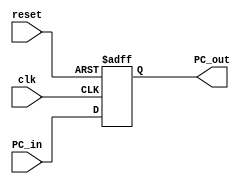
module Program_Counter (clk, reset, PC_in, PC_out);
	input clk, reset;
	input [7:0] PC_in;
	output [7:0] PC_out;
	reg [7:0] PC_out;
	always @ (posedge clk or posedge reset)
	begin
		if(reset==1'b1)
			PC_out<=8'b0;
		else
			PC_out<=PC_in;
	end
endmodule
module lab4_task1(SW,LEDR,LEDG,KEY);
	input [17:0] SW;
   input [3:0] KEY;
	output [17:0] LEDG;
	output LEDR;
	assign LEDR=SW;
	Program_Counter (.clk(KEY[0]), .reset(SW[17]), .PC_in(SW[7:0]), .PC_out(LEDG[7:0]));
endmodule